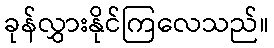
ခုန်လွှားနိုင်ကြလေသည်။